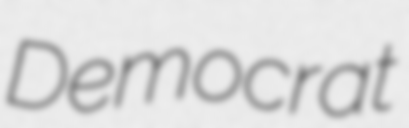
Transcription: Democrat